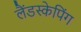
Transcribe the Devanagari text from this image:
लैंडस्केपिंग